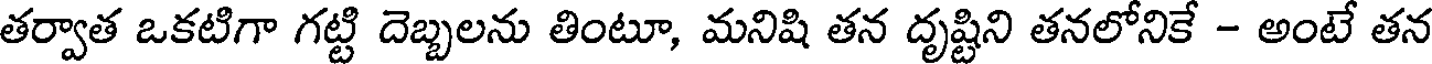
తర్వాత ఒకటిగా గట్టి దెబ్బలను తింటూ, మనిషి తన దృష్టిని తనలోనికే - అంటే తన